Annual report of the Punjab Veterinary College and of the Civil Veterinary Department, Punjab - 1920-1925
Year: 1920
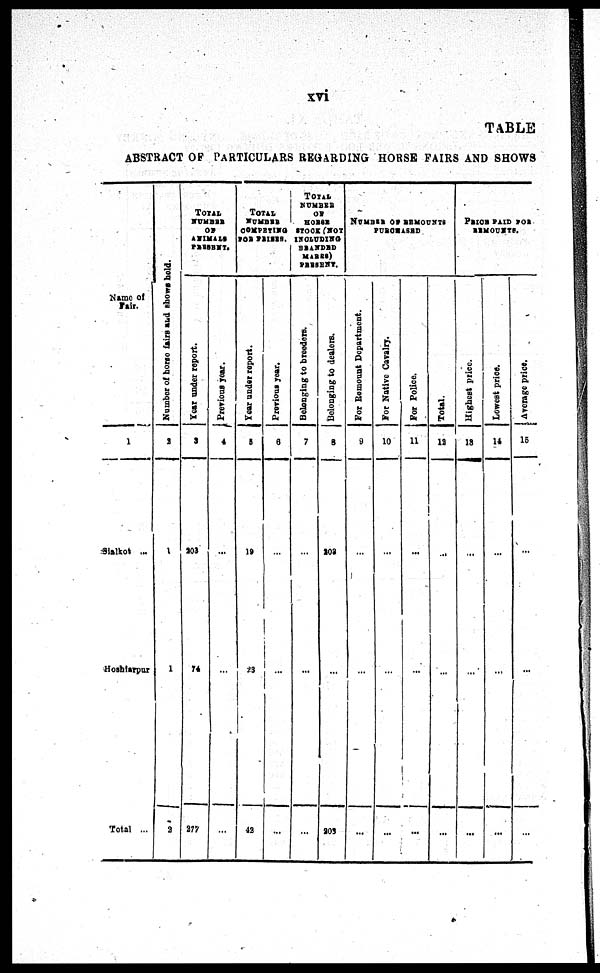
xvi
TABLE
ABSTRACT OF PARTI CULARS REGARDI NG HORSE FAIRS AND SHOWS
Name of
Fair.
1
Si al kot ...
Hoshi arpur
Tot al ...
Number of horse f ai r s and shows bol d.
2
1
1
2
TOTAL
NUMBER
OF
ANIMALS
PRESENT.
Ye a r under report.
3
203
74
277
Pr e vious year.
4
...
...
...
TOTAL
NUMBER
COMPETING
FOR PRISES.
Year under r epor t
.
5
19
23
42
Pr e vious year .
6
...
...
...
TOTAL
NUMBER
OF
HORSE
STOCK (
NOT
INCLUDING
BRANDED
MARES)
PRESENT.
Bo lo
n g in
g t o br e e de r
s .
7
...
...
...
Belonging t o deal er s .
8
208
...
208
NUMBER OF REMOUNTS
PURCHASED
For R e m o u n t De p a r
tme n t.
9
...
...
...
For Na tive Ca va l
r
y.
10
...
...
...
For Police.
11
...
...
...
Tot al .
12
...
...
...
PRICE PAID FOR
REMOUNTS.
Highest price.
13
...
...
...
Lo we s
t price.
14
...
...
...
Av e r
a g e price.
15
...
...
...